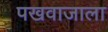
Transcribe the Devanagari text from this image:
पखवाजाला